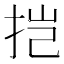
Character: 𫼥